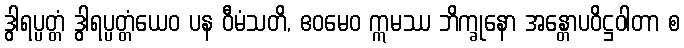
ဒွါရပ္ပတ္တံ ဒွါရပ္ပတ္တံယေဝ ပန ဝီမံသတိ, ဧဝမေဝ ဣမဿ ဘိက္ခုနော အန္တောပဝိဋ္ဌဝါတာ စ